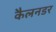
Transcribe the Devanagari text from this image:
कैलनडर